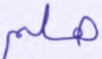
هلم